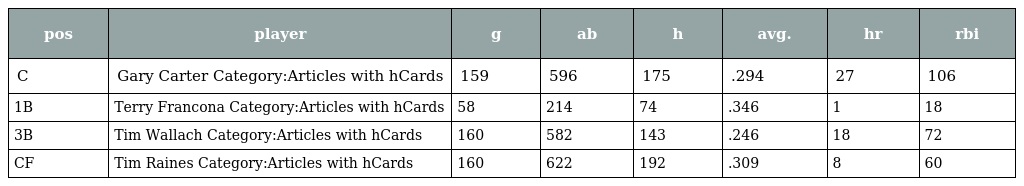
| pos | player | g | ab | h | avg. | hr | rbi |
 | --- | --- | --- | --- | --- | --- | --- | --- |
 | C | Gary Carter Category:Articles with hCards | 159 | 596 | 175 | .294 | 27 | 106 |
 | 1B | Terry Francona Category:Articles with hCards | 58 | 214 | 74 | .346 | 1 | 18 |
 | 3B | Tim Wallach Category:Articles with hCards | 160 | 582 | 143 | .246 | 18 | 72 |
 | CF | Tim Raines Category:Articles with hCards | 160 | 622 | 192 | .309 | 8 | 60 |